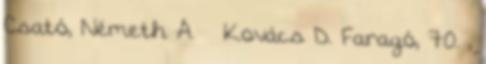
Csató, Németh Á. – Kovács D. Faragó, 70. ,